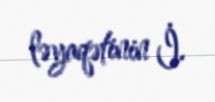
ləyaqətinin İ.